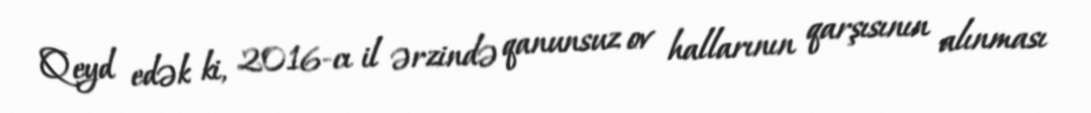
Qeyd edək ki, 2016-cı il ərzində qanunsuz ov hallarının qarşısının alınması